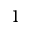
1